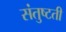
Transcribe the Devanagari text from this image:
संतुष्टती